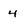
Character: 4